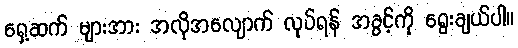
ရှေ့ဆက် များအား အလိုအလျောက် လုပ်ရန် အခွင့်ကို ရွေးချယ်ပါ။